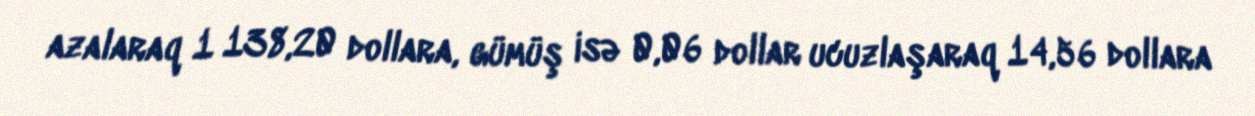
azalaraq 1 138,20 dollara, gümüş isə 0,06 dollar ucuzlaşaraq 14,56 dollara